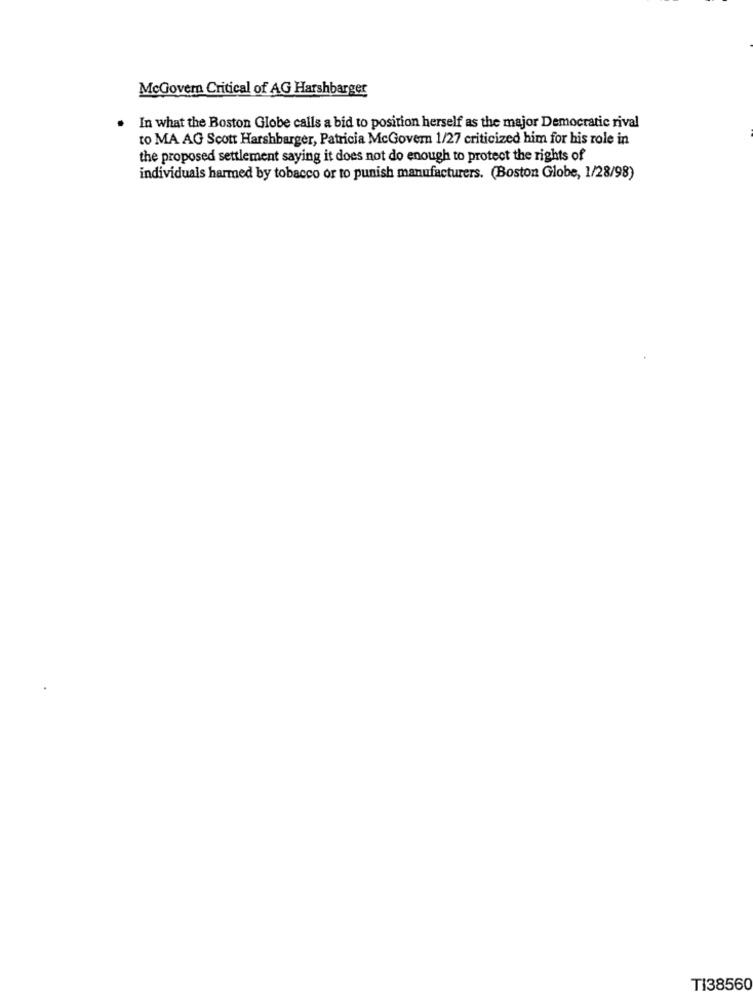
McGovern Critical of AG Harshbarger
In what the Boston Globe calls a bid to position herself as the major Democratic rival
to MA AG Scott Harshbarger, Patricia McGovern 1/27 criticized him for his role in
the proposed settlement saying it does not do enough to protect the rights of
individuals harmed by tobacco or to punish manufacturers. (Boston Globe, 1/28/98)
TI38560